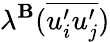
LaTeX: \lambda^{\mathbf{B}}(\overline{{{u_{i}^{\prime}u_{j}^{\prime}}}})